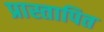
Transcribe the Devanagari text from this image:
प्रास्तापित